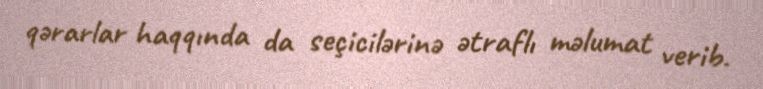
qərarlar haqqında da seçicilərinə ətraflı məlumat verib.